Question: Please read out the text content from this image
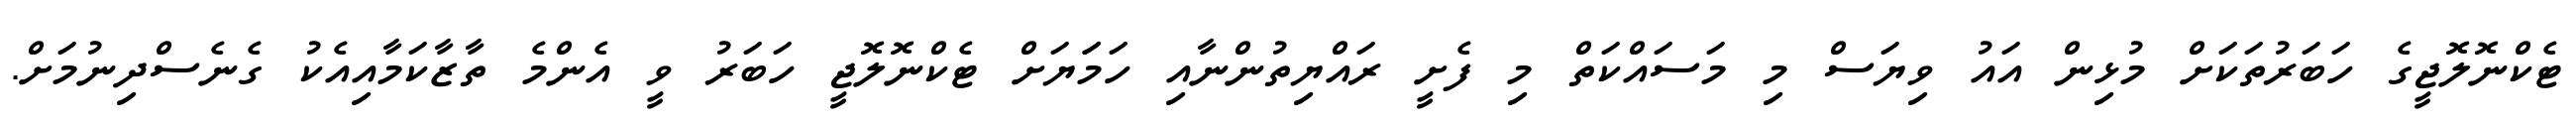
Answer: ޓެކްނޮލޮޖީގެ ހަބަރުތަކަށް މުޅިން އައު ވިޔަސް މި މަސައްކަތް މި ފެށީ ރައްޔިތުންނާއި ހަމަަޔަށް ޓެކްނޮލޮޖީ ހަބަރު ވީ އެންމެ ތާޒާކަމާއިއެކު ގެނެސްދިނުމަށް.